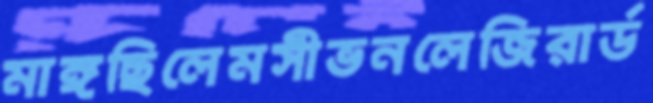
মাঙ্গছিলেমসীভনলেজিরার্ড